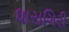
ધારાગિરી